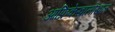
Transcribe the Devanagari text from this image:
आफ्रिकेखालोखाल